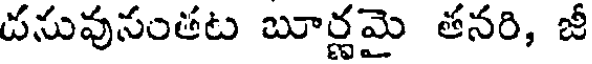
దనువుసంతట బూర్ణమై తనరి, జీ